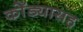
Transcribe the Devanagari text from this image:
कोँड्यासह